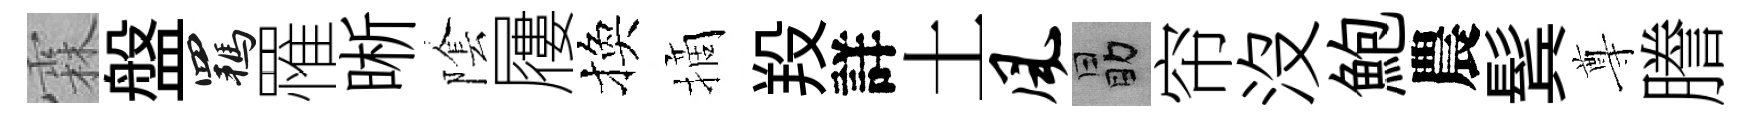
霖盤羈罹晰隂屨換摘羖詳土风勗帘没鮑農鬂尊謄